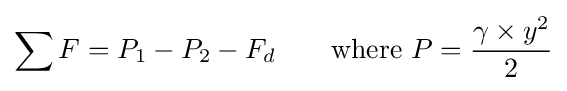
\sum F=P_{1}-P_{2}-F_{d}\qquad {\text{where }}P={\gamma \times y^{2} \over 2}